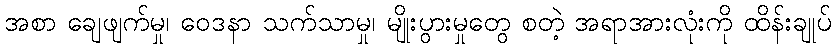
အစာ ချေဖျက်မှု၊ ဝေဒနာ သက်သာမှု၊ မျိုးပွားမှုတွေ စတဲ့ အရာအားလုံးကို ထိန်းချုပ်